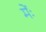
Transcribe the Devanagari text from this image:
मेंः